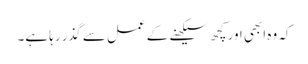
کہ وہ ابھی اور کچھ سیکھنے کے عمل سے گذر رہا ہے۔